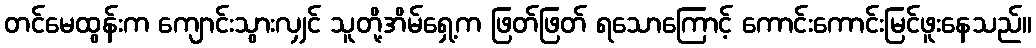
တင်မေထွန်းက ကျောင်းသွားလျှင် သူတို့အိမ်ရှေ့က ဖြတ်ဖြတ် ရသောကြောင့် ကောင်းကောင်းမြင်ဖူးနေသည်။